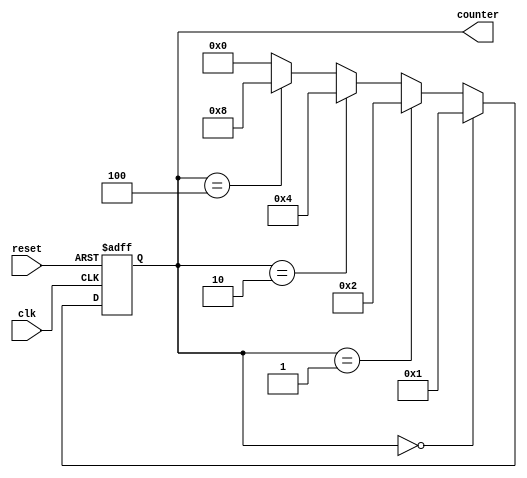
module RingCounter (
    input wire clk,
    input wire reset,
    output reg [3:0] counter
);

reg [3:0] next_counter;

always @ (posedge clk or posedge reset) begin
    if (reset) begin
        counter <= 4'b0000;
    end else begin
        counter <= next_counter;
    end
end

always @* begin
    if (counter == 4'b0000) begin
        next_counter = 4'b0001;
    end else if (counter == 4'b0001) begin
        next_counter = 4'b0010;
    end else if (counter == 4'b0010) begin
        next_counter = 4'b0100;
    end else if (counter == 4'b0100) begin
        next_counter = 4'b1000;
    end else begin
        next_counter = 4'b0000;
    end
end

endmodule